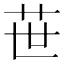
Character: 𦭓